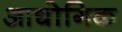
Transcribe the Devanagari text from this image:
आद्योगिक